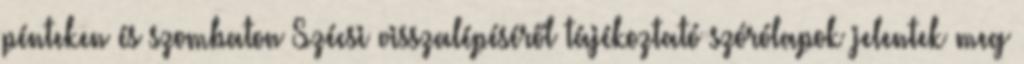
pénteken és szombaton Szécsi visszalépéséről tájékoztató szórólapok jelentek meg